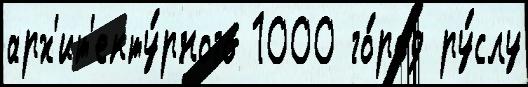
арх'ит'екту́рного 1000 го́род ру́слу